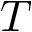
T